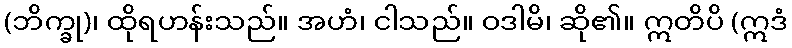
(ဘိက္ခု)၊ ထိုရဟန်းသည်။ အဟံ၊ ငါသည်။ ဝဒါမိ၊ ဆို၏။ ဣတိပိ (ဣဒံ